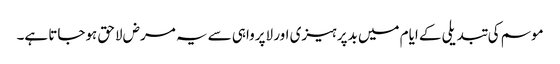
موسم کی تبدیلی کے ایام میں بدپرہیزی اور لاپرواہی سے یہ مرض لاحق ہوجاتا ہے۔